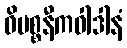
ဝိပစ္စနီကဝါဒါနံ